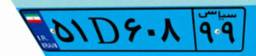
۶۳D۰۵۱۷۱